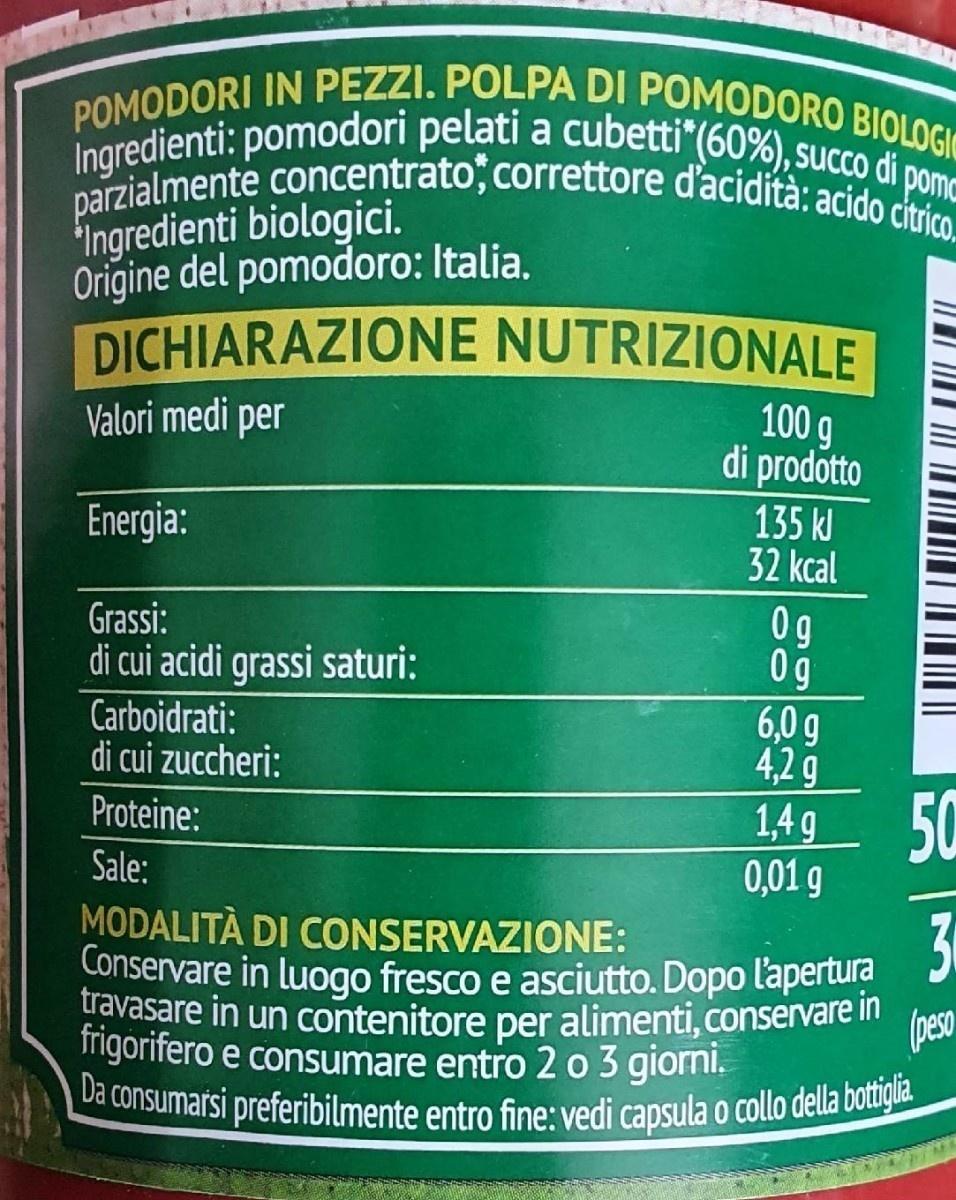
POMODORI IN PEZZI. POLPA DI POMODORO BIOLOGI Ingredienti: pomodori pelati a cubetti"(60%), succo di pom parzialmente concentrato, correttore d'acidità: acido citrico
Ingredienti biologici. Origine del pomodoro: Italia.
DICHIARAZIONE NUTRIZIONALE
100 g di prodotto
Valori medi per
Energia:
135 kl 32 kcal
0g 0g 6,0 g 4,2g 1,4g
Grassi:
di cui acidi grassi saturi:
Carboidrati: di cui zuccheri:
50 0,01 g
Proteine:
Sale:
MODALITÀ DI CONSERVAZIONE:
30
Conservare in luogo fresco e asciutto. Dopo l'apertura
travasare in un contenitore per alimenti, conservare in (peso
Trigorifero e consumare entro 2 o 3 giorni.
Da consumarsi preferibilmente entro fine: vedi capsula o collo della botiglia.